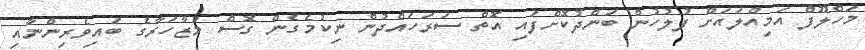
މަހްލޫފް އަމިއްލައަށް ފުލުހުން ބަންދުކޮށްފައި އޮތް ސަރަހައްދުން ނިކުމެގެން ގޮސް މުޒާހަރާގެ ބައިވެރިންނާއި